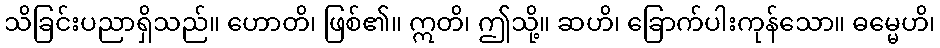
သိခြင်းပညာရှိသည်။ ဟောတိ၊ ဖြစ်၏။ ဣတိ၊ ဤသို့။ ဆဟိ၊ ခြောက်ပါးကုန်သော။ ဓမ္မေဟိ၊